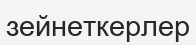
зейнеткерлер